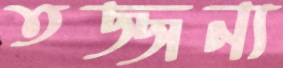
তজ্জন্য